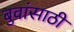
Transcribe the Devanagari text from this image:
बुवांसाठी